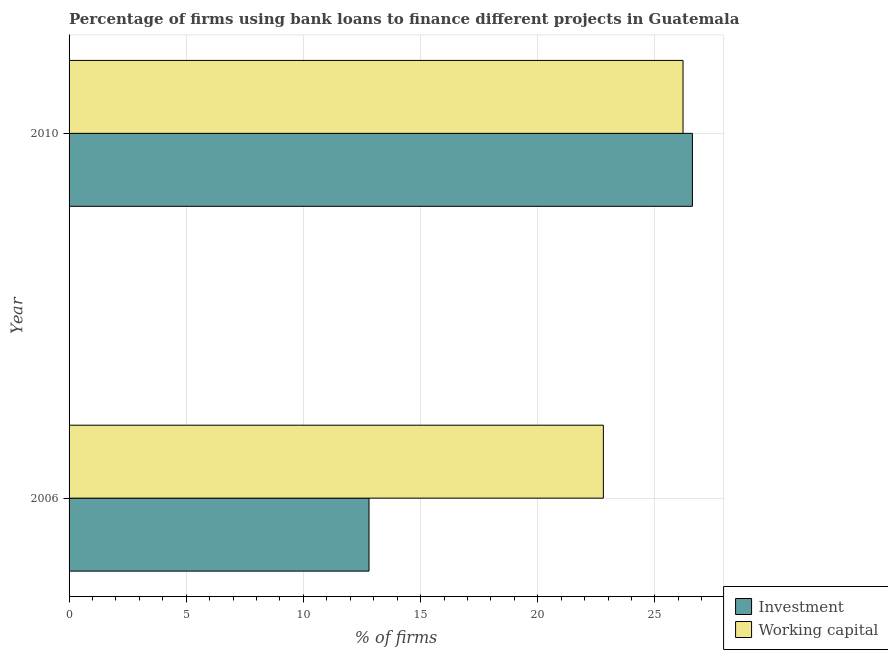
| Year | Investment | Working capital |
 | --- | --- | --- |
 | 2006 | 12.8 | 22.8 |
 | 2010 | 26.6 | 26.2 |